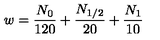
w = \frac { N _ { 0 } } { 1 2 0 } + \frac { N _ { 1 / 2 } } { 2 0 } + \frac { N _ { 1 } } { 1 0 }